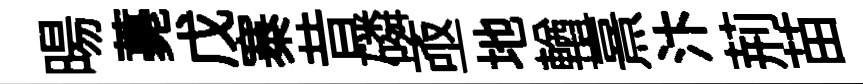
暘薧戊寨昔磷亟地輶熹汴荊苗